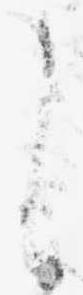
し